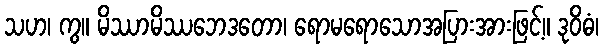
သဟ၊ ကွ။ မိဿာမိဿဘေဒတော၊ ရောမရောသောအပြားအားဖြင့်။ ဒုဝိဓံ၊